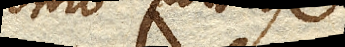
imo plura